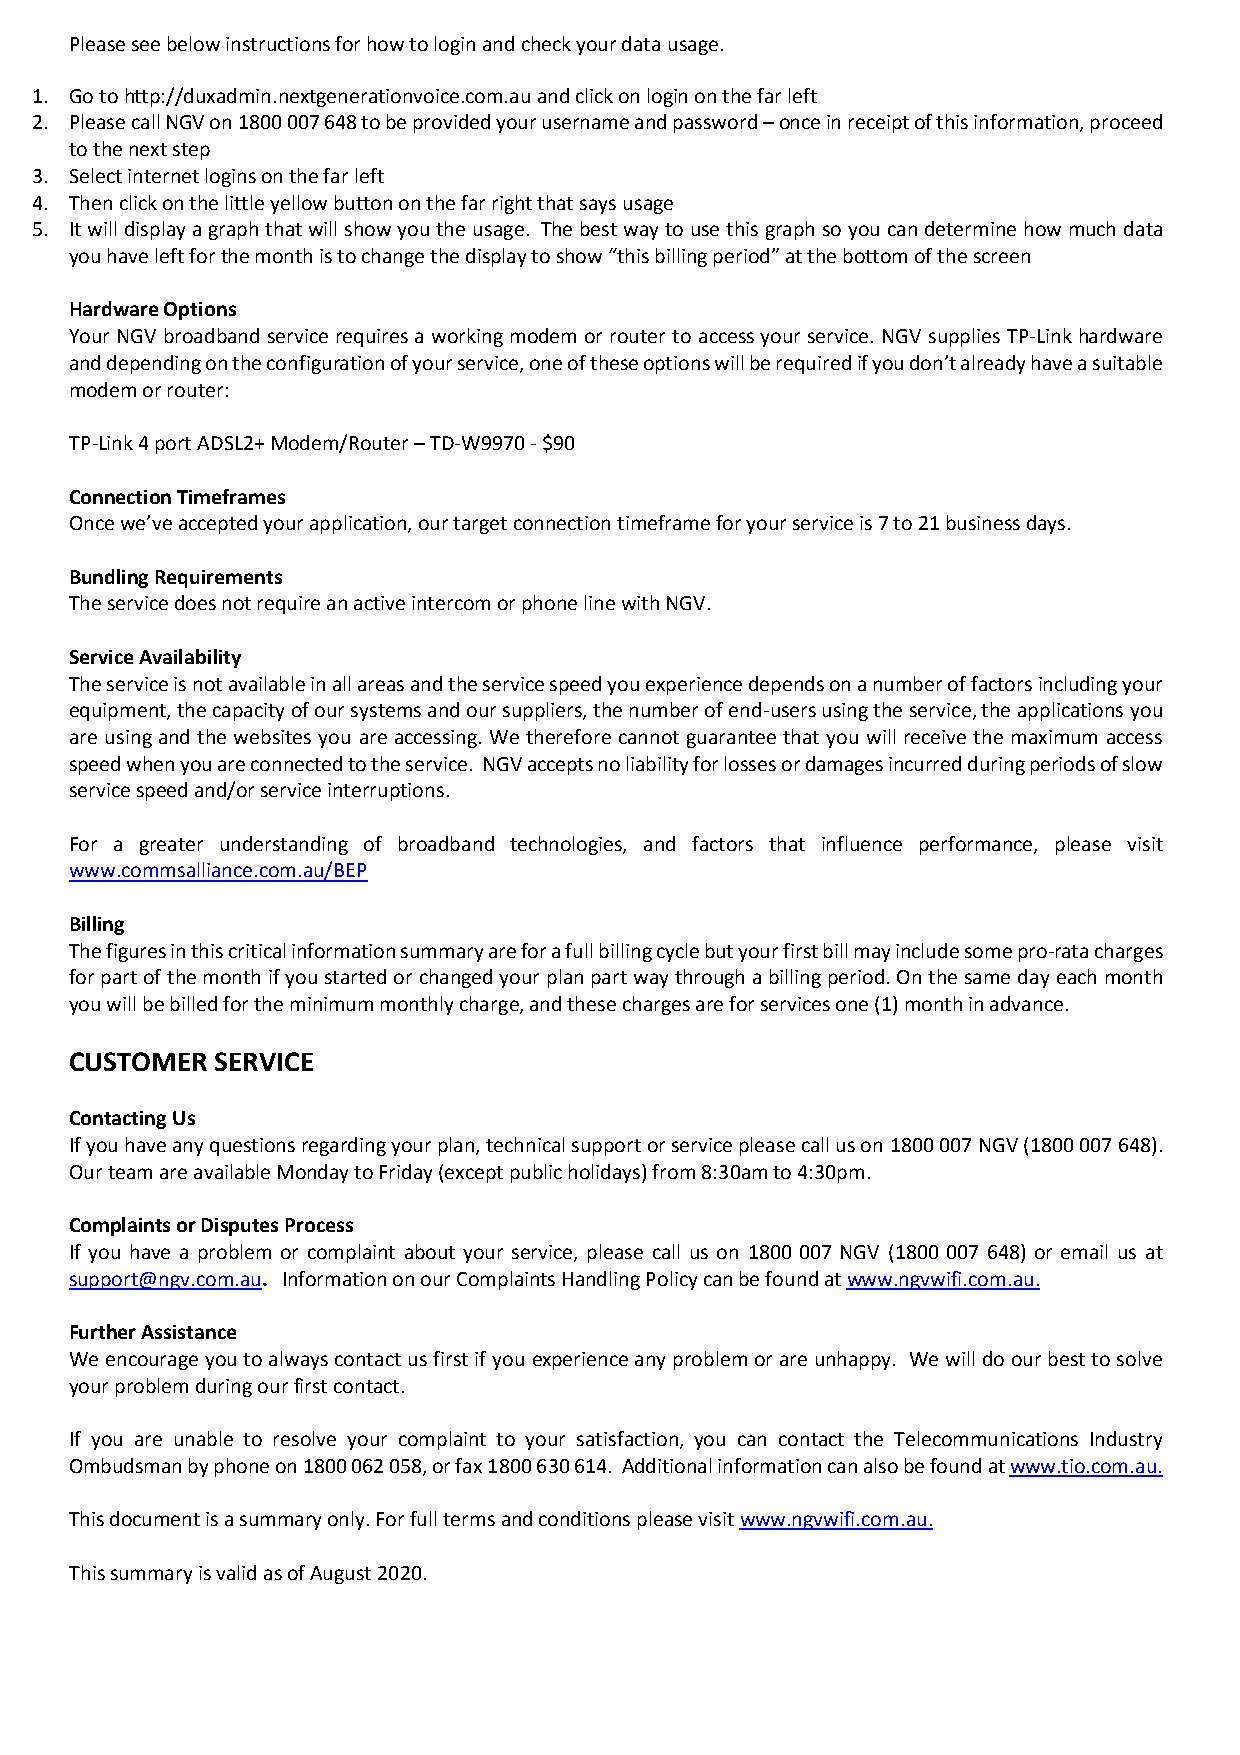
Please see below instructions for how to login and check your data usage.
 1. Go to http://duxadmin.nextgenerationvoice.com.au and click on login on the far left
 2. Please call NGV on 1800 007 648 to be provided your username and password – once in receipt of this information, proceed
 to the next step
 3. Select internet logins on the far left
 4. Then click on the little yellow button on the far right that says usage
 5. It will display a graph that will show you the usage. The best way to use this graph so you can determine how much data
 you have left for the month is to change the display to show “this billing period” at the bottom of the screen
 Hardware Options
 Your NGV broadband service requires a working modem or router to access your service. NGV supplies TP-Link hardware
 and depending on the configuration of your service, one of these options will be required if you don’t already have a suitable
 modem or router:
 TP-Link 4 port ADSL2+ Modem/Router – TD-W9970 - $90
 Connection Timeframes
 Once we’ve accepted your application, our target connection timeframe for your service is 7 to 21 business days.
 Bundling Requirements
 The service does not require an active intercom or phone line with NGV.
 Service Availability
 The service is not available in all areas and the service speed you experience depends on a number of factors including your
 equipment, the capacity of our systems and our suppliers, the number of end-users using the service, the applications you
 are using and the websites you are accessing. We therefore cannot guarantee that you will receive the maximum access
 speed when you are connected to the service. NGV accepts no liability for losses or damages incurred during periods of slow
 service speed and/or service interruptions.
 For a greater understanding of broadband technologies, and factors that influence performance, please visit
 www.commsalliance.com.au/BEP
 Billing
 The figures in this critical information summary are for a full billing cycle but your first bill may include some pro-rata charges
 for part of the month if you started or changed your plan part way through a billing period. On the same day each month
 you will be billed for the minimum monthly charge, and these charges are for services one (1) month in advance.
 CUSTOMER SERVICE
 Contacting Us
 If you have any questions regarding your plan, technical support or service please call us on 1800 007 NGV (1800 007 648).
 Our team are available Monday to Friday (except public holidays) from 8:30am to 4:30pm.
 Complaints or Disputes Process
 If you have a problem or complaint about your service, please call us on 1800 007 NGV (1800 007 648) or email us at
 support@ngv.com.au. Information on our Complaints Handling Policy can be found at www.ngvwifi.com.au.
 Further Assistance
 We encourage you to always contact us first if you experience any problem or are unhappy. We will do our best to solve
 your problem during our first contact.
 If you are unable to resolve your complaint to your satisfaction, you can contact the Telecommunications Industry
 Ombudsman by phone on 1800 062 058, or fax 1800 630 614. Additional information can also be found at www.tio.com.au.
 This document is a summary only. For full terms and conditions please visit www.ngvwifi.com.au.
 This summary is valid as of August 2020.